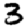
Digit: 3